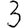
Digit: 3